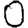
Digit: 0